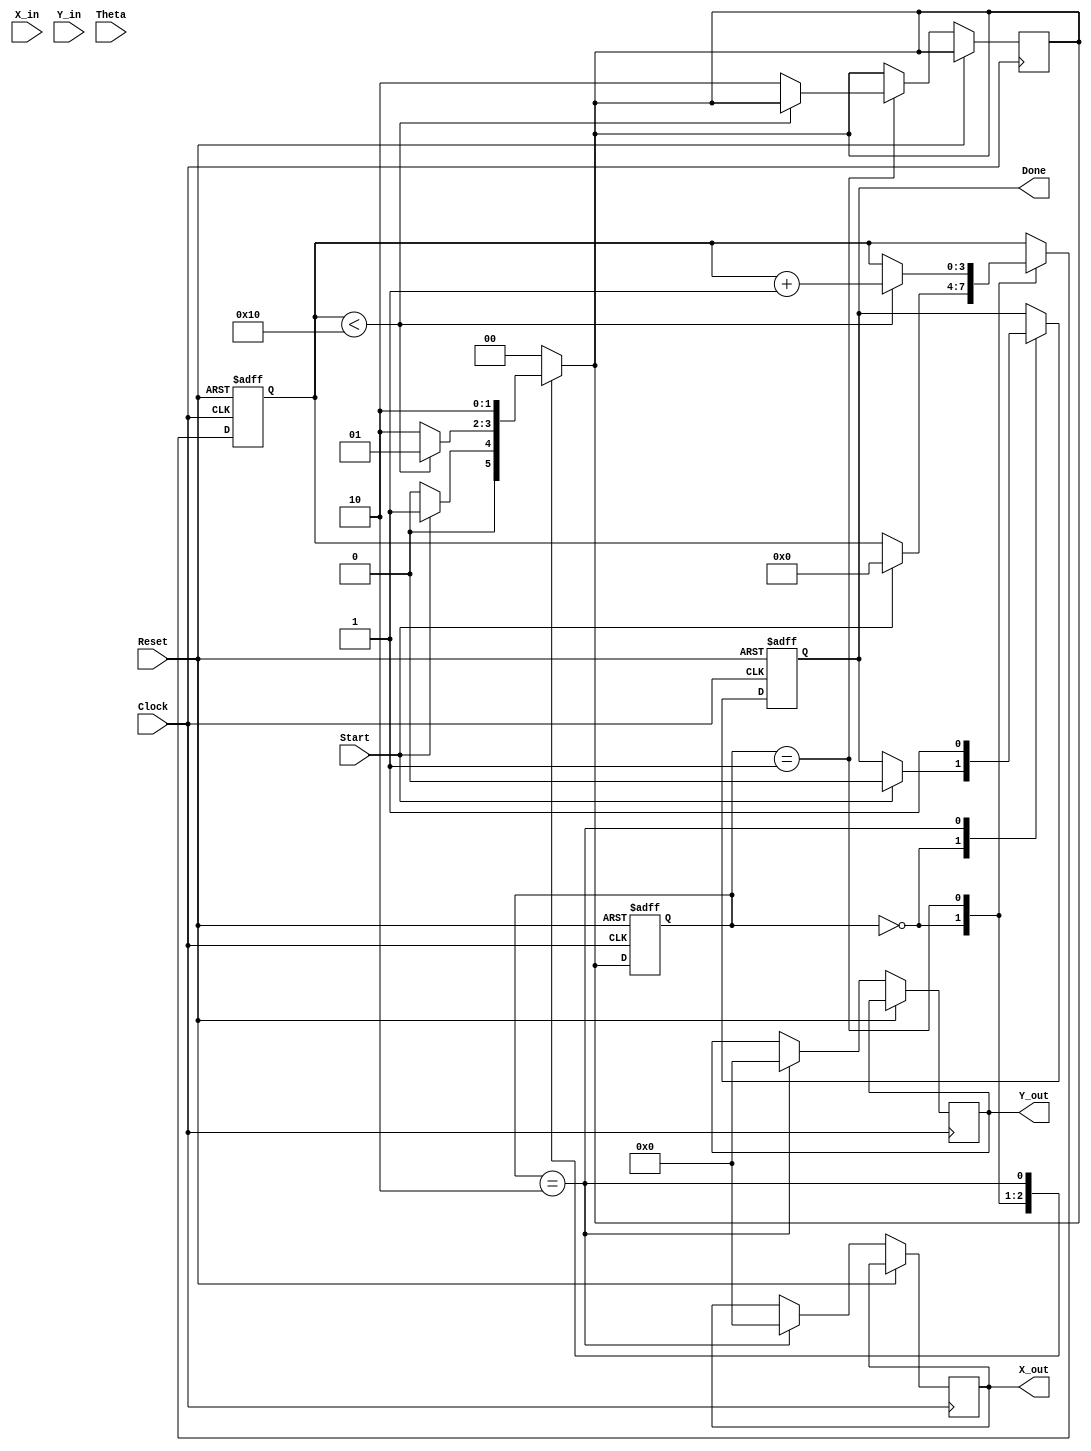
module complex_cordic (
    input wire signed [15:0] X_in,     // Real part of the input vector
    input wire signed [15:0] Y_in,     // Imaginary part of the input vector
    input wire signed [15:0] Theta,     // Angle of rotation
    input wire Start,                   // Control signal to start the operation
    input wire Reset,                   // Asynchronous reset signal
    input wire Clock,                   // Clock signal
    output reg signed [15:0] X_out,     // Real part of the output vector
    output reg signed [15:0] Y_out,     // Imaginary part of the output vector
    output reg Done                     // Signal indicating completion
);

    // Parameters
    parameter NUM_ITERATIONS = 16;     // Number of CORDIC iterations
    parameter FIXED_SCALE = 16'h26DD;   // Scaling factor (fixed-point representation)

    // Internal signals
    reg signed [15:0] X, Y;
    reg signed [15:0] Z;                // Current angle
    reg [3:0] iteration;                 // Iteration counter
    reg [1:0] state;                    // State machine
    reg [1:0] next_state;

    // Angle lookup table (precomputed angles for CORDIC)
    reg signed [15:0] angle_table [0:NUM_ITERATIONS-1];

    initial begin
        // Initialize angle lookup table
        angle_table[0] = 16'h1C90; // 45 degrees
        angle_table[1] = 16'h0F80; // 26.565 degrees
        angle_table[2] = 16'h07D0; // 14.036 degrees
        angle_table[3] = 16'h03E0; // 7.125 degrees
        angle_table[4] = 16'h01F0; // 3.576 degrees
        angle_table[5] = 16'h00FC; // 1.789 degrees
        angle_table[6] = 16'h007E; // 0.895 degrees
        angle_table[7] = 16'h003F; // 0.447 degrees
        angle_table[8] = 16'h001F; // 0.224 degrees
        angle_table[9] = 16'h000F; // 0.112 degrees
        angle_table[10] = 16'h0007; // 0.056 degrees
        angle_table[11] = 16'h0003; // 0.028 degrees
        angle_table[12] = 16'h0001; // 0.014 degrees
        angle_table[13] = 16'h0000; // 0 degrees
        angle_table[14] = 16'h0000; // 0 degrees
        angle_table[15] = 16'h0000; // 0 degrees
    end

    // State machine
    localparam IDLE = 2'b00;
    localparam ROTATE = 2'b01;
    localparam DONE_STATE = 2'b10;

    always @(posedge Clock or posedge Reset) begin
        if (Reset) begin
            state <= IDLE;
            Done <= 0;
            iteration <= 0;
            X <= 0;
            Y <= 0;
            Z <= 0;
        end else begin
            state <= next_state;
            case (state)
                IDLE: begin
                    if (Start) begin
                        X <= X_in;
                        Y <= Y_in;
                        Z <= Theta;
                        iteration <= 0;
                        Done <= 0;
                    end
                end
                ROTATE: begin
                    if (iteration < NUM_ITERATIONS) begin
                        if (Z < 0) begin
                            // Rotate clockwise
                            X <= X + (Y >>> iteration);
                            Y <= Y - (X >>> iteration);
                            Z <= Z + angle_table[iteration];
                        end else begin
                            // Rotate counter-clockwise
                            X <= X - (Y >>> iteration);
                            Y <= Y + (X >>> iteration);
                            Z <= Z - angle_table[iteration];
                        end
                        iteration <= iteration + 1;
                    end else begin
                        next_state <= DONE_STATE;
                    end
                end
                DONE_STATE: begin
                    X_out <= X * FIXED_SCALE >>> 16; // Scale output
                    Y_out <= Y * FIXED_SCALE >>> 16; // Scale output
                    Done <= 1;
                end
            endcase
        end
    end

    always @(*) begin
        case (state)
            IDLE: next_state = Start ? ROTATE : IDLE;
            ROTATE: next_state = (iteration < NUM_ITERATIONS) ? ROTATE : DONE_STATE;
            DONE_STATE: next_state = DONE_STATE; // Remain in DONE state
            default: next_state = IDLE;
        endcase
    end

endmodule